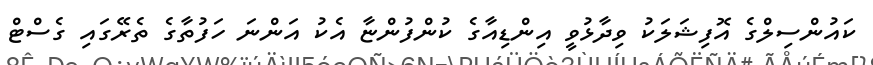
ކައުންސިލްގެ އޮފިޝަލަކު ވިދާޅުވީ އިންޑިއާގެ ކުންފުންޏާ އެކު އަންނަ ހަފުތާގެ ތެރޭގައި ގެސްޓް